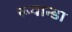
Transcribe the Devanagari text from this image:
रूवान्डा